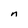
Character: n